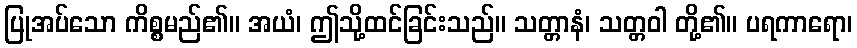
ပြုအပ်သော ကိစ္စမည်၏။ အယံ၊ ဤသို့ထင်ခြင်းသည်။ သတ္တာနံ၊ သတ္တဝါ တို့၏။ ပရကာရော၊